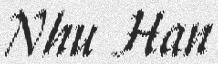
Nhu Han